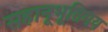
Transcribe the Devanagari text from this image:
सहानूभूतिमय